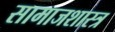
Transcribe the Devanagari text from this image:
सामाजशास्त्र